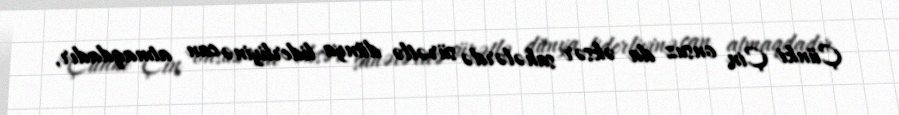
Çünki Çin onsuz da əksər sahələrdə sürətlə dünya liderliyinə can atmaqdadır,